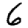
Digit: 6